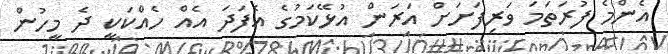
އެންމެ ފުރަތަމަ ވަރިފަށަށް އަރަން އުޅޭކަމުގެ އެފަދަ އެއް ހެއްކަކީ ދެ މީހުން